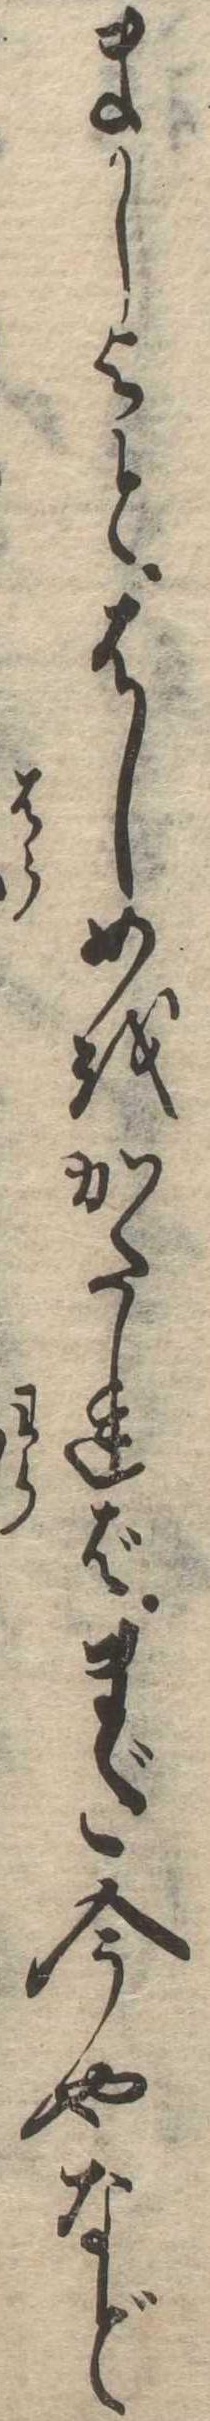
ましよとはしめをかたればまだ今やなど